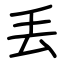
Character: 丢